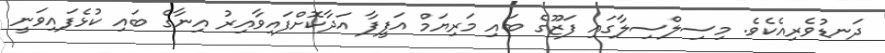
ދަނޑުވެރިއެކެވެ. މިސިލްސިލާގައި ފަޒޫގެ ބައި މަރިޔަމް އަފީފާ އަދާކޮށްފައިވާއިރު އިނާގެ ބައި ކުޅެފައިވަނީ